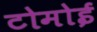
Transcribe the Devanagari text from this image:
टोमोई